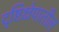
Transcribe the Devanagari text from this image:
दृष्टिक्षेपातील